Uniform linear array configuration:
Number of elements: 24
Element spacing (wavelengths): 0.75
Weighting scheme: kaiser
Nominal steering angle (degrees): -60
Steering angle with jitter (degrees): -58.296
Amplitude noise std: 0.05
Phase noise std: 0.05

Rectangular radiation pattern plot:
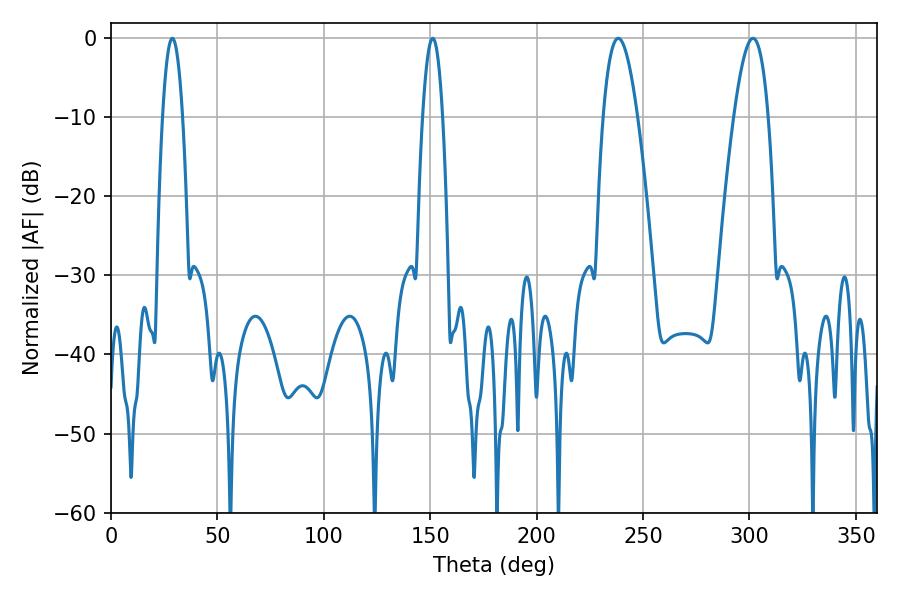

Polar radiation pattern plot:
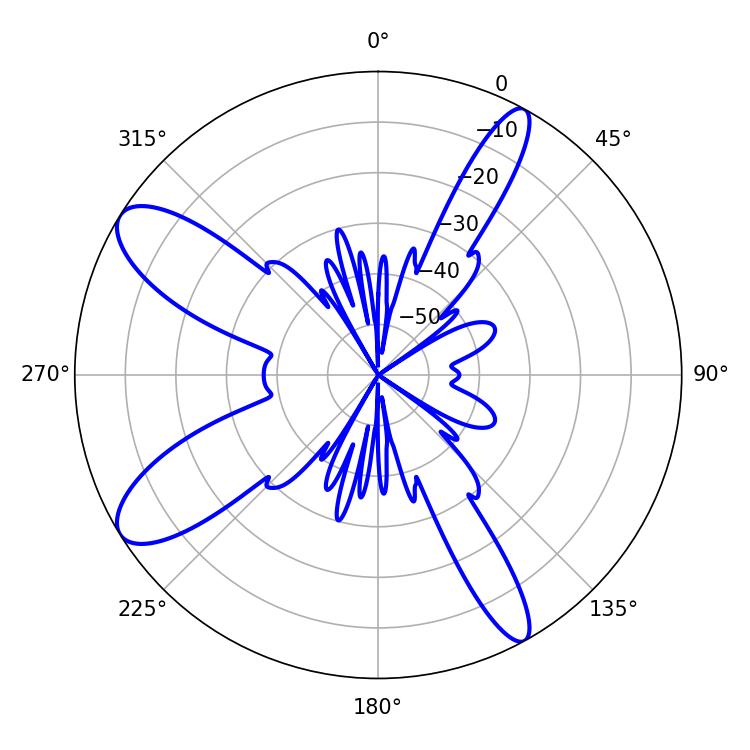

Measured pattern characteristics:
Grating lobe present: TRUE
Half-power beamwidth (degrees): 8.82
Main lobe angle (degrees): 238.32